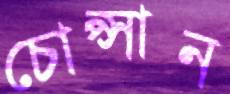
চোপ্‌সান